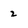
Character: 2